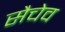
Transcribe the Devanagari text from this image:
सैचेव